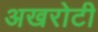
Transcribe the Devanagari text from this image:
अखरोटी